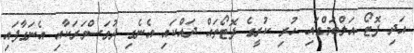
އަދި ފޮޓޯ އަލްބަމްގައި ހުރި ކުރީގެ ފޮޓޯތައް ދައްކައި އެނެގި ދުވަސްވަރަކާއި އެނަގާފައި